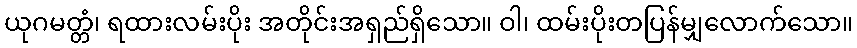
ယုဂမတ္တံ၊ ရထားလမ်းပိုး အတိုင်းအရှည်ရှိသော။ ဝါ၊ ထမ်းပိုးတပြန်မျှလောက်သော။